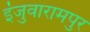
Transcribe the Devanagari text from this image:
इंजुवारामपुर